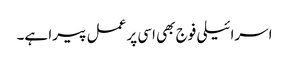
اسرائیلی فوج بھی اسی پر عمل پیرا ہے۔